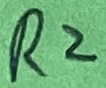
Text: R2